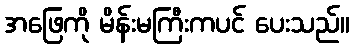
အဖြေကို မိန်းမကြီးကပင် ပေးသည်။